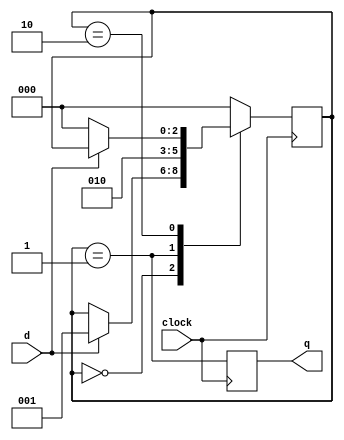
`timescale 1ns / 1ps
//`define DEBUG_X_ONESHOT 1
//------------------------------------------------------------------------------------------------------------------
// Digital One-Shot:
//		Produces 1-clock wide pulse when d goes high.
//		Waits for d to go low before re-triggering.
//
//	02/07/02 Initial
//	09/15/06 Mod for xst
//	01/13/09 Mod for ise 10.1i
//	04/26/10 Mod for ise 11.5
//	07/12/10 Port to ise 12, convert to nonblocking operators
//-----------------------------------------------------------------------------------------------------------------
	module x_oneshot (d,clock,q);

	input	d;
	input	clock;
	output	q;

// State Machine declarations
	reg	[2:0] sm;		// synthesis attribute safe_implementation of sm is "yes";
	parameter idle	=	0;
	parameter pulse	=	1;
	parameter hold	=	2;

// One-shot state machine
	initial sm = idle;

	always @(posedge clock) begin
 	case (sm)
	idle: 	if (d)	sm <= pulse;
	pulse:			sm <= hold;
	hold:	if(!d)	sm <= idle;
	default:		sm <= idle;
	endcase
	end

// Output FF
	reg	q = 0;

	always @(posedge clock) begin
	q <= (sm==pulse);
	end

// Debug state machine display
`ifdef DEBUG_X_ONESHOT
	output [39:0] sm_dsp;
	reg    [39:0] sm_dsp;

	always @* begin
	case (sm)
	idle:	sm_dsp <= "idle ";
	pulse:	sm_dsp <= "pulse";
	hold:	sm_dsp <= "hold ";
	default	sm_dsp <= "deflt";
	endcase
	end
`endif

//------------------------------------------------------------------------------------------------------------------
	endmodule
//------------------------------------------------------------------------------------------------------------------